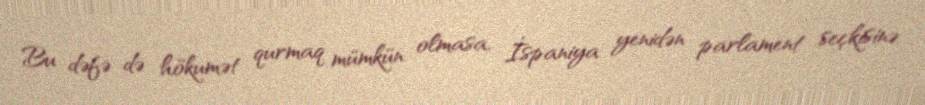
Bu dəfə də hökumət qurmaq mümkün olmasa, İspaniya yenidən parlament seçkisinə